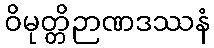
ဝိမုတ္တိဉာဏဒဿနံ